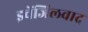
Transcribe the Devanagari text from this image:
इवेंजिलवाद